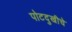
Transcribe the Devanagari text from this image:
पोटदुखीचे